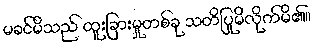
မခင်မိသည် ထူးခြားမှုတစ်ခု သတိပြုမိလိုက်မိ၏။